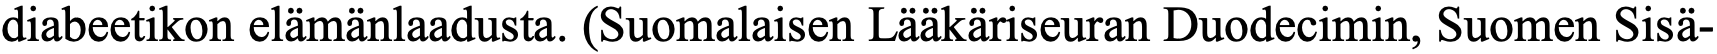
diabeetikon elämänlaadusta. (Suomalaisen Lääkäriseuran Duodecimin, Suomen Sisä-